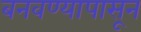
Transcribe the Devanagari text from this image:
बनवण्यापासून